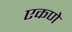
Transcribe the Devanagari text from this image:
एकणे